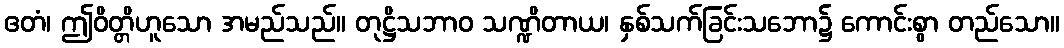
ဧတံ၊ ဤဝိတ္တိဟူသော အမည်သည်။ တုဋ္ဌိသဘာဝ သဏ္ဍိတာယ၊ နှစ်သက်ခြင်းသဘော၌ ကောင်းစွာ တည်သော။